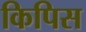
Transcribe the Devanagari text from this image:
किपिस